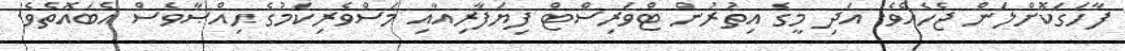
ފާހަގަކޮށްލަން ޖެހެއެވެ. އަދި މީގެ އިތުރުން ޓްވަރިސްޓް ފިޔަފާރިއާއި މަސްވެރިކަމުގެ ޙިއްޞާވެސް އެބައޮތެވެ.